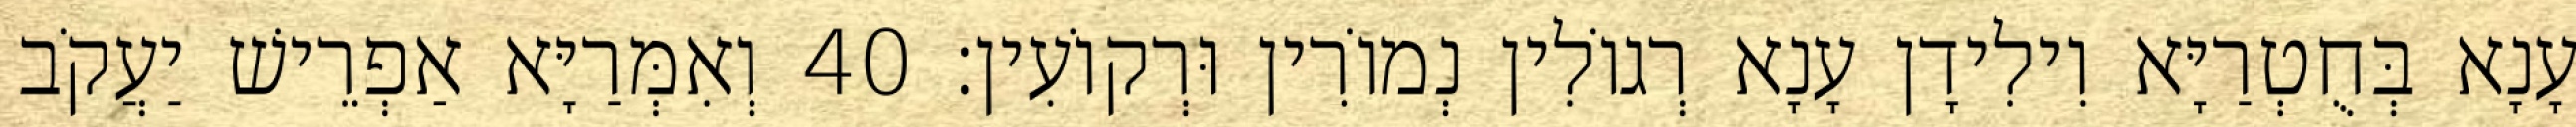
עָנָא בְּחֻטְרַיָּא וִילִידָן עָנָא רְגוֹלִין נְמוֹרִין וּרְקוֹעִין׃ 40 וְאִמְּרַיָּא אַפְרֵישׁ יַעֲקֹב